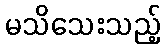
မသိသေးသည့်